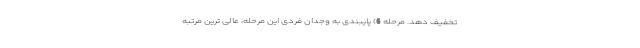
تخفیف دهد. مرحله 6) پایبندی به وجدان فردی این مرحله، عالی ترین مرتبه